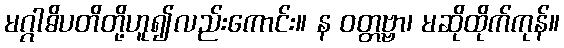
မဂ္ဂါဓိပတိတို့ဟူ၍လည်းကောင်း။ န ဝတ္တဗ္ဗာ၊ မဆိုထိုက်ကုန်။